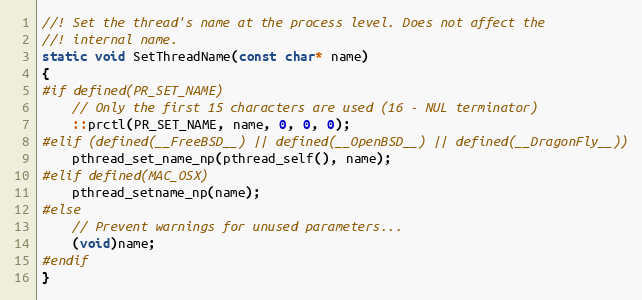
Language: C++
//! Set the thread's name at the process level. Does not affect the
//! internal name.
static void SetThreadName(const char* name)
{
#if defined(PR_SET_NAME)
    // Only the first 15 characters are used (16 - NUL terminator)
    ::prctl(PR_SET_NAME, name, 0, 0, 0);
#elif (defined(__FreeBSD__) || defined(__OpenBSD__) || defined(__DragonFly__))
    pthread_set_name_np(pthread_self(), name);
#elif defined(MAC_OSX)
    pthread_setname_np(name);
#else
    // Prevent warnings for unused parameters...
    (void)name;
#endif
}